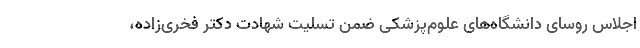
اجلاس روسای دانشگاه‌های علوم‌پزشکی ضمن تسلیت شهادت دکتر فخری‌زاده،